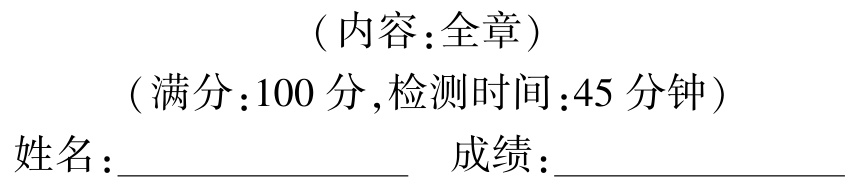
（内容：全章）
（满分：100 分,检测时间：45 分钟）
姓名：________________  成绩：________________